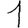
Digit: 1